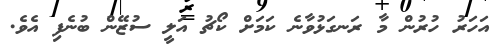
އަހަރު ހުރުން މާ ރަނގަޅުވާނެ ކަމަށް ކޯޗު އަލީ ސުޒޭން ބުނެފި އެވެ.